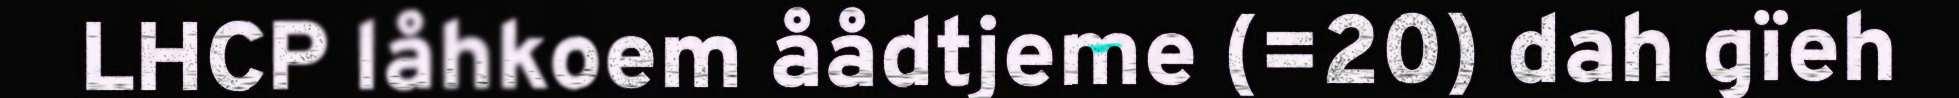
LHCP låhkoem åådtjeme (=20) dah gïeh